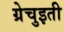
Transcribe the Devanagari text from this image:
ग्रेचुइती